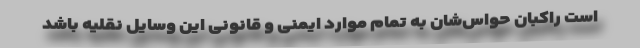
است راکبان حواس‌شان به تمام موارد ایمنی و قانونی این وسایل نقلیه باشد